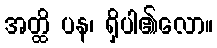
အတ္ထိ ပန၊ ရှိပါ၏လော။